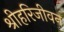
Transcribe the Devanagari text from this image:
श्रीहरिजीवन